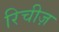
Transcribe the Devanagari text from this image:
रिचीज़